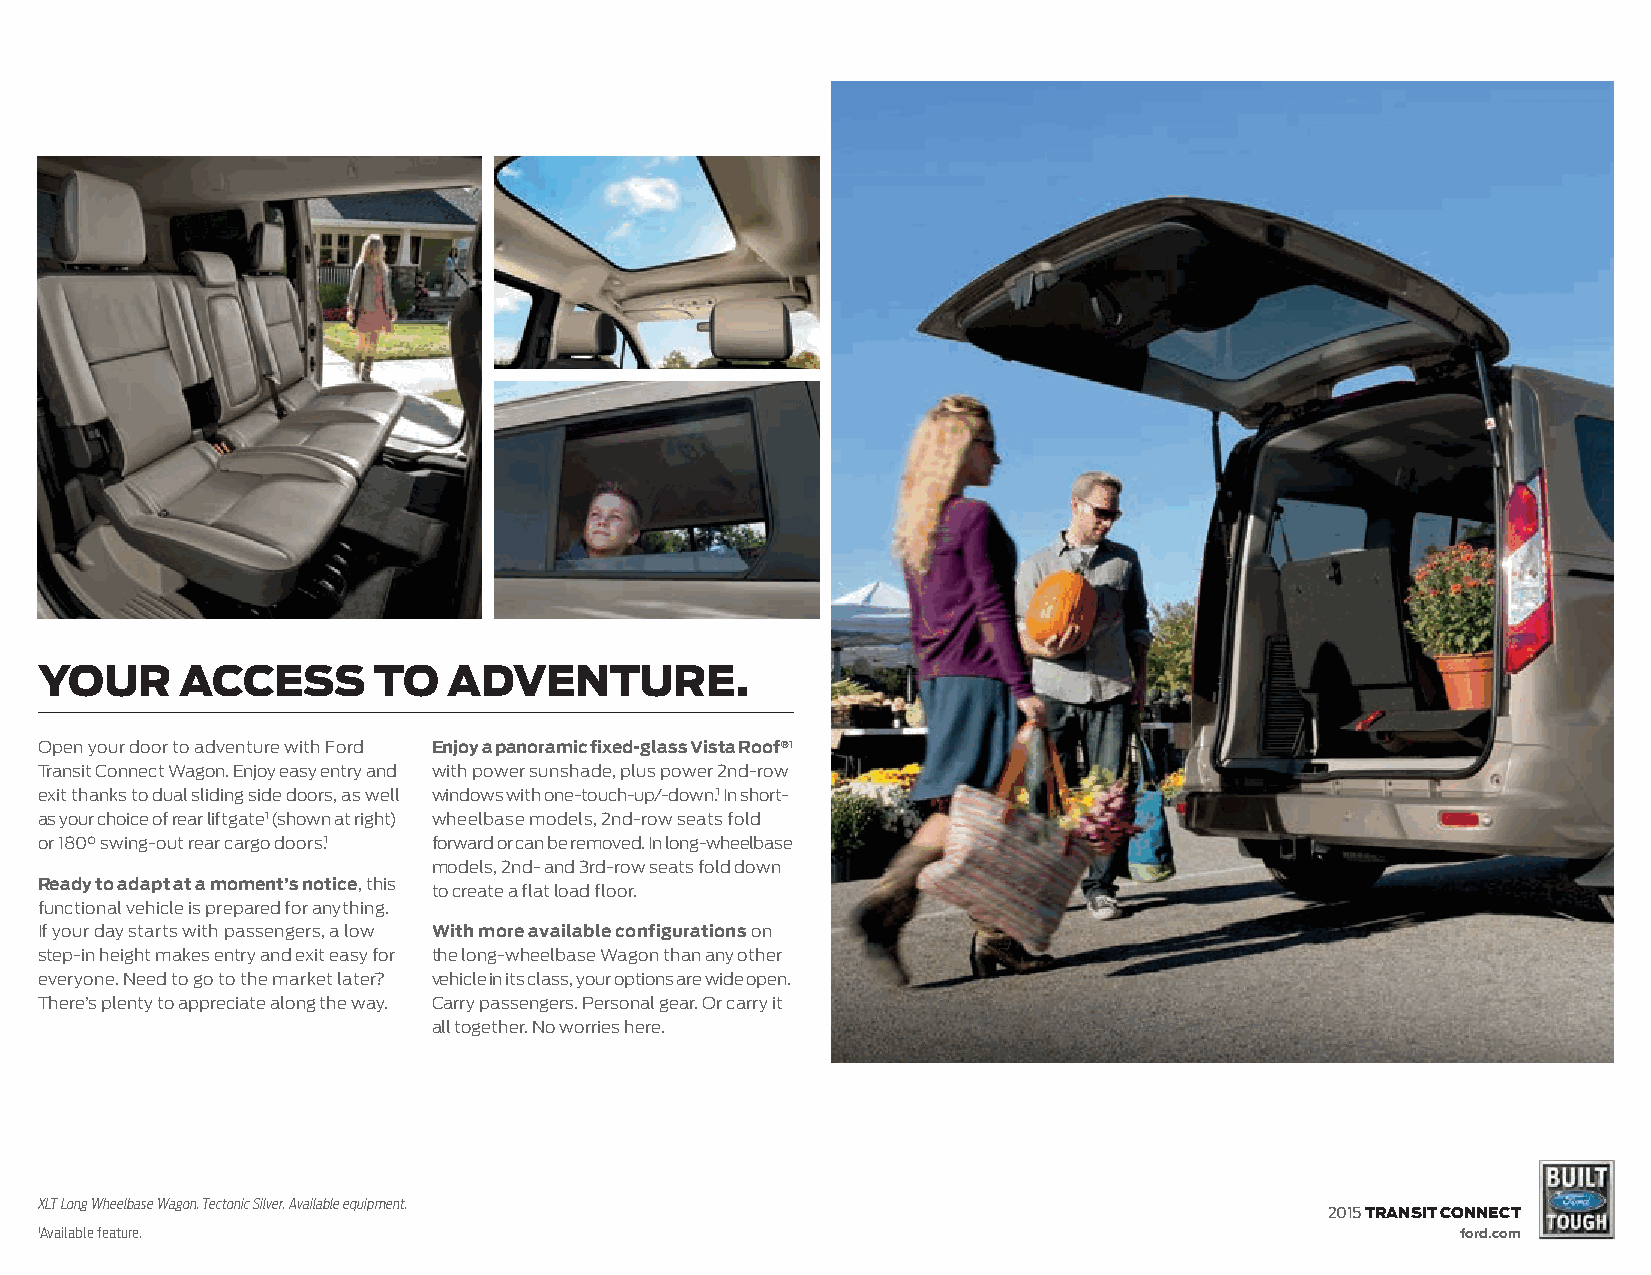
your      access       to   adventure.
 Open your door to adventure with Ford Enjoy a panoramic fixed-glass Vista Roof®1
 Transit Connect Wagon. Enjoy easy entry and with power sunshade, plus power 2nd-row
 exit thanks to dual sliding side doors, as well windows with one-touch-up/-down.1 In short-
 as your choice of rear liftgate1 (shown at right) wheelbase models, 2nd-row seats fold
 or 180° swing-out rear cargo doors.1 forward or can be removed. In long-wheelbase
 models, 2nd- and 3rd-row seats fold down
 Ready to adapt at a moment’s notice, this to create a flat load floor.
 functional vehicle is prepared for anything.
 If your day starts with passengers, a low With more available configurations on
 step-in height makes entry and exit easy for the long-wheelbase Wagon than any other
 everyone. Need to go to the market later? vehicle in its class, your options are wide open.
 There’s plenty to appreciate along the way. Carry passengers. Personal gear. Or carry it
 all together. No worries here.
 XLT Long Wheelbase Wagon. Tectonic Silver. Available equipment.
 2015 transit connect
 1Available feature.                                                                            ford.com